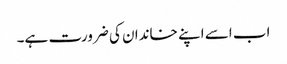
اب اسے اپنے خاندان کی ضرورت ہے۔